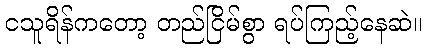
ငသူရိန်ကတော့ တည်ငြိမ်စွာ ရပ်ကြည့်နေဆဲ။